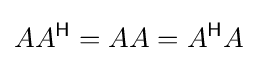
AA^{\mathsf {H}}=AA=A^{\mathsf {H}}A